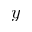
y